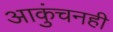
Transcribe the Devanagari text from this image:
आकुंचनही